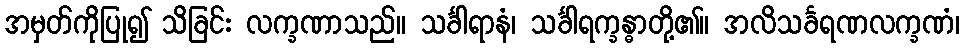
အမှတ်ကိုပြု၍ သိခြင်း လက္ခဏာသည်။ သင်္ခါရာနံ၊ သင်္ခါရက္ခန္ဓာတို့၏။ အလိသင်္ခရဏလက္ခဏံ၊